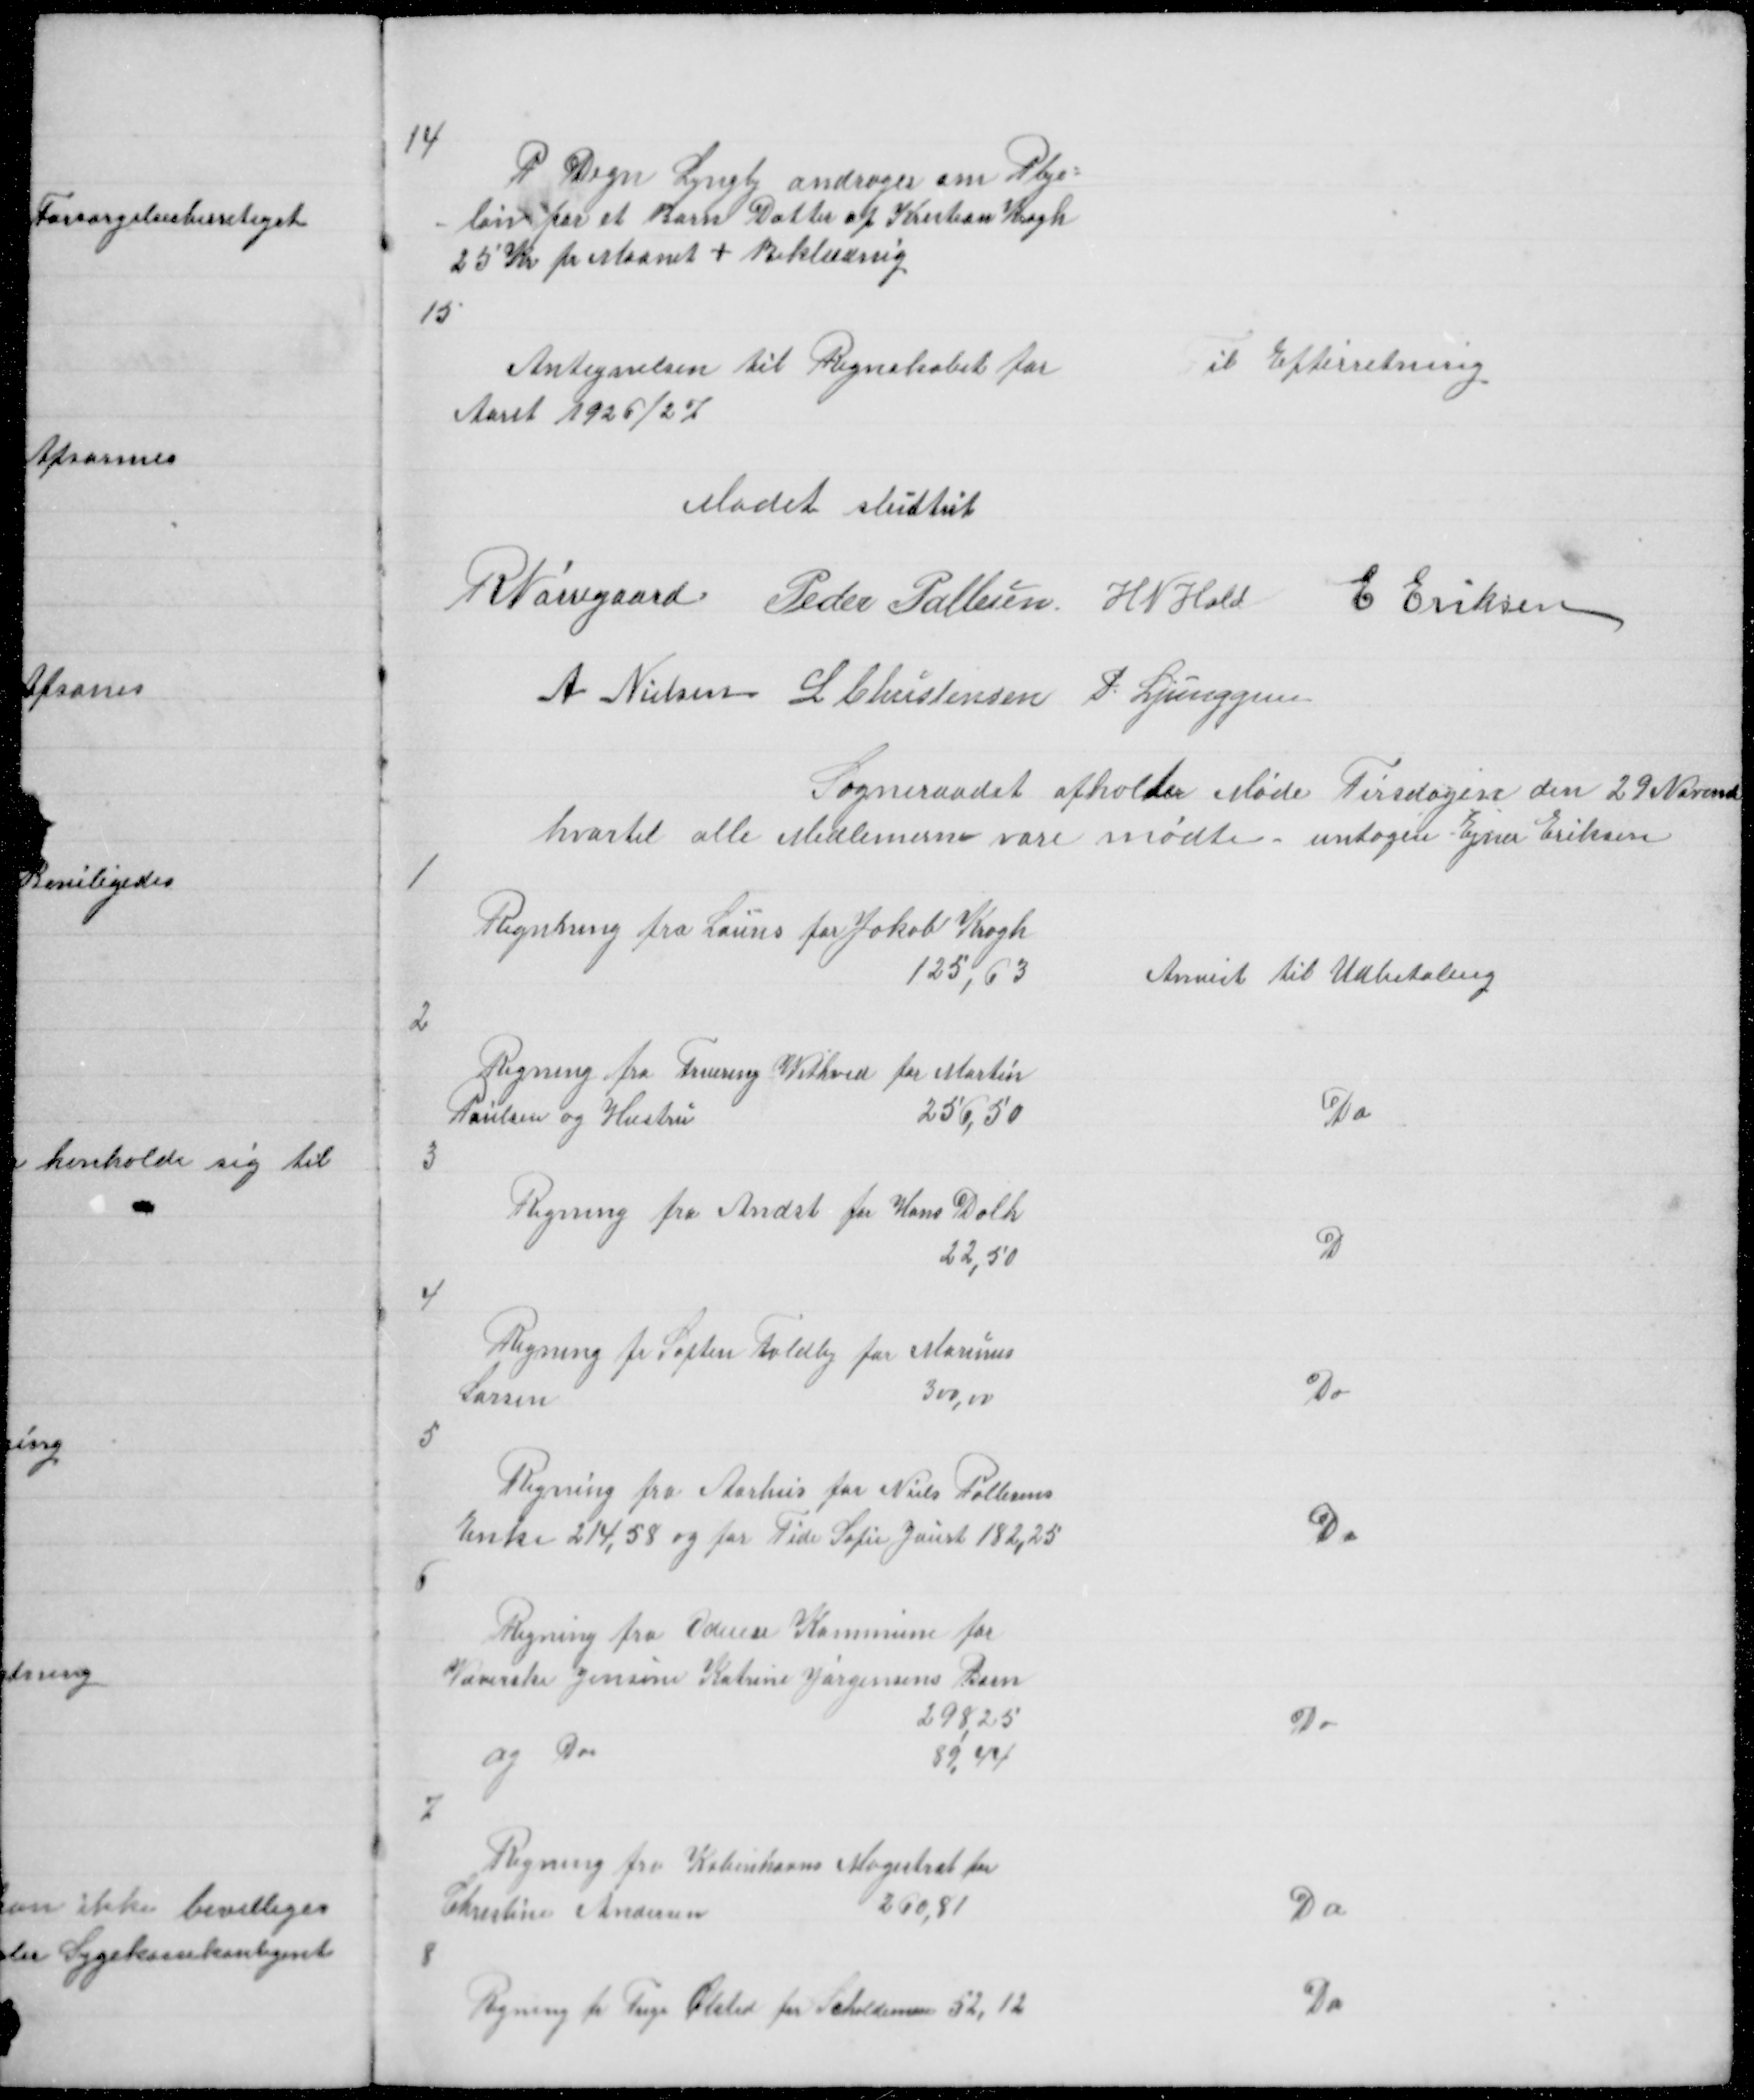
Transskription:
14

P Degn Lyngby andrager om Pleje =
= løn for et Barn Datter af Kristian Krogh
25 Kr pr Maanet + Beklædning

15

Antegnelsen til Regnskabet for
Aaret 1926/27

Til Efterretning

Modet sluttet
R Nørregaard Peder Pallesen H N Hald E Eriksen
A Nielsen L Christensen P Ljunggren

Sogneraadet afholder Møde Tirsdagen den 29 November
hvortil alle Medlemerne vare mødte - untagen Ejner Eriksen

1

Regnning fra Launs for Jakob Krogh
125,63

Anvist til Udbetaling

2

Regning fra Fruering Vithved for Martin
Poulsen og Hustru
256,50
3

Do

Regning fra Andst for Hans Dahl
22,50

D

4

Regning fra Søften Foldby for Marinus
Larsen
300,00

Do

5

Regning fra Aarhus for Niels Pallesens
Enke 214,58 og for Tide Sofie Jaurt 182,25

Do

6

Regning fra Odense Kommune for
Væverske Jensine Katrine Jørgensens Barn
298,25
og Do
89,44
7

Do

Regning fra Københavns Magistrat for
Christine Andersen
260,81

Do

8

Regning fra Trige Ølsted for Schaldemose 52,12

Do